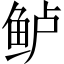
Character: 鲈